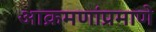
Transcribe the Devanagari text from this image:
आक्रमणांप्रमाणे